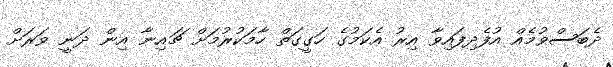
ދެބަސްވުމެއް އުފެދިފައިވާ އިރު އެކަމުގެ ހަގީގަތް ހާމަކުރުމަށް ޗައިނާ އިން ދަނީ ވަރަށް